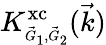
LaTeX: K_{\scriptscriptstyle\vec{G}_{1},\vec{G}_{2}}^{\mathrm{xc}}(\vec{k})